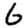
Digit: 6